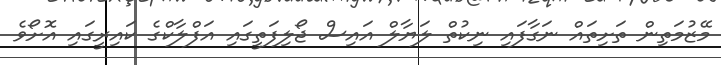
މޭޒުމަތިން ތަށިތައް ނަގާފައި ނިކުތް ލަޔާލް އައިސް ޖޯލިފަތީގައި އަފްލާކްގެ ކައިރީގައި އޮށޯވެ